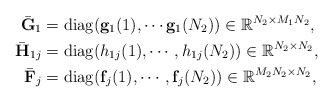
\begin{align*}\bar{\mathbf{G}}_1&=\operatorname{diag}(\mathbf{g}_1(1),\cdots\mathbf{g}_1(N_2))\in\mathbb{R}^{N_2\times M_1N_2},\\ \bar{\mathbf{H}}_{1j}&=\operatorname{diag}(h_{1j}(1),\cdots,h_{1j}(N_2))\in \mathbb{R}^{N_2\times N_2},\\\bar{\mathbf{F}}_j&=\operatorname{diag}(\mathbf{f}_j(1),\cdots,\mathbf{f}_j(N_2))\in\mathbb{R}^{M_2N_2\times N_2},\end{align*}